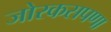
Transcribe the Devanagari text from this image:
जोरकसपणा